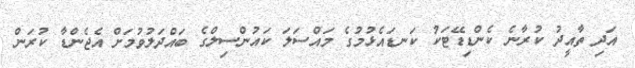
އަދި ތާއީދު ކުރާނެ ކެންޑިޑޭޓަކު ކަނޑައެޅުމުގެ މައްސަލަ ކައުންސިލްގެ ބައްދަލުވުމަށް އެޖެންޑާ ކުރަން